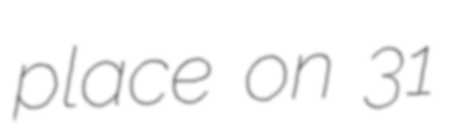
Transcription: place on 31